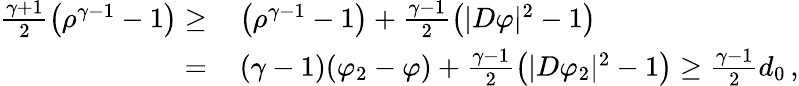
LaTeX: \begin{array}{rl}{\frac{\gamma+1}{2}\left(\rho^{\gamma-1}-1\right)\geq\, }&{\left(\rho^{\gamma-1}-1\right)+\frac{\gamma-1}{2}\left(|D\varphi|^{2}-1\right)}\\ {=\, }&{(\gamma-1)(\varphi_{2}-\varphi)+\frac{\gamma-1}{2}\left(|D\varphi_{2}|^{2}-1\right)\geq\frac{\gamma-1}{2}d_{0}\, ,}\end{array}